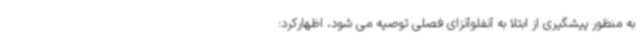
به منظور پیشگیری از ابتلا به آنفلوآنزای فصلی توصیه می شود، اظهارکرد: